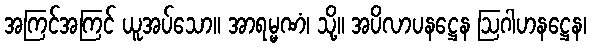
အကြင်အကြင် ယူအပ်သော။ အာရမ္မဏံ၊ သို့။ အပိလာပနဋ္ဌေန ဩဂါဟနဋ္ဌေန၊